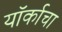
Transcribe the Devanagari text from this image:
यॉर्काचा